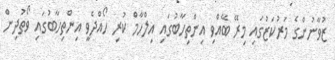
ޒުވާނުންގެ މަރުކަޒުގައި މިރޭ ބޭއްވި އިންތިހާބުގައި އިލްހާމް ކުރި ހޯއްދެވީ އިންތިހާބުގައި ވޯތުދިން